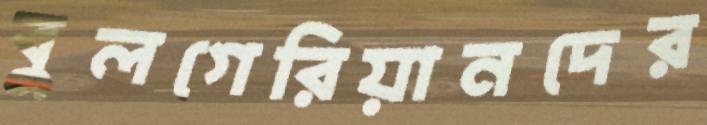
বুলগেরিয়ানদের